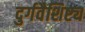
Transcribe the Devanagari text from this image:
दुर्गवैशिष्ट्य